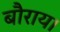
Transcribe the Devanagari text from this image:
बौराय।